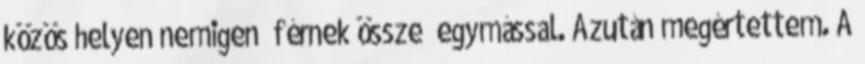
közös helyen nem­i­gen „férnek össze” egymással. Azután megértettem. A